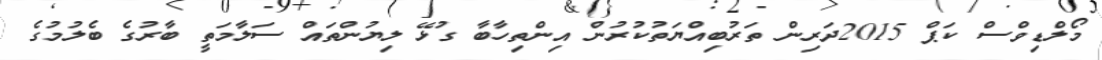
މޯލްޑިވްސް ކަޕް 2015ދަރިން ތަރުބިއްޔަތުކުރުން އިންތިހާބާ ގުޅޭ ލިޔުންތައް ސަލާމަތީ ބާރުގެ ބެލުމުގެ